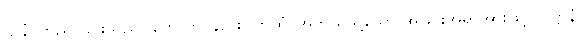
ဌာနံ၊ တည် ခြင်းသည်။ ဟောတိ၊ နည်း။ ကထံ၊ အဘယ်သို့သော အခြင်းအရာအားဖြင့်။ ဝုဋ္ဌာနံ၊